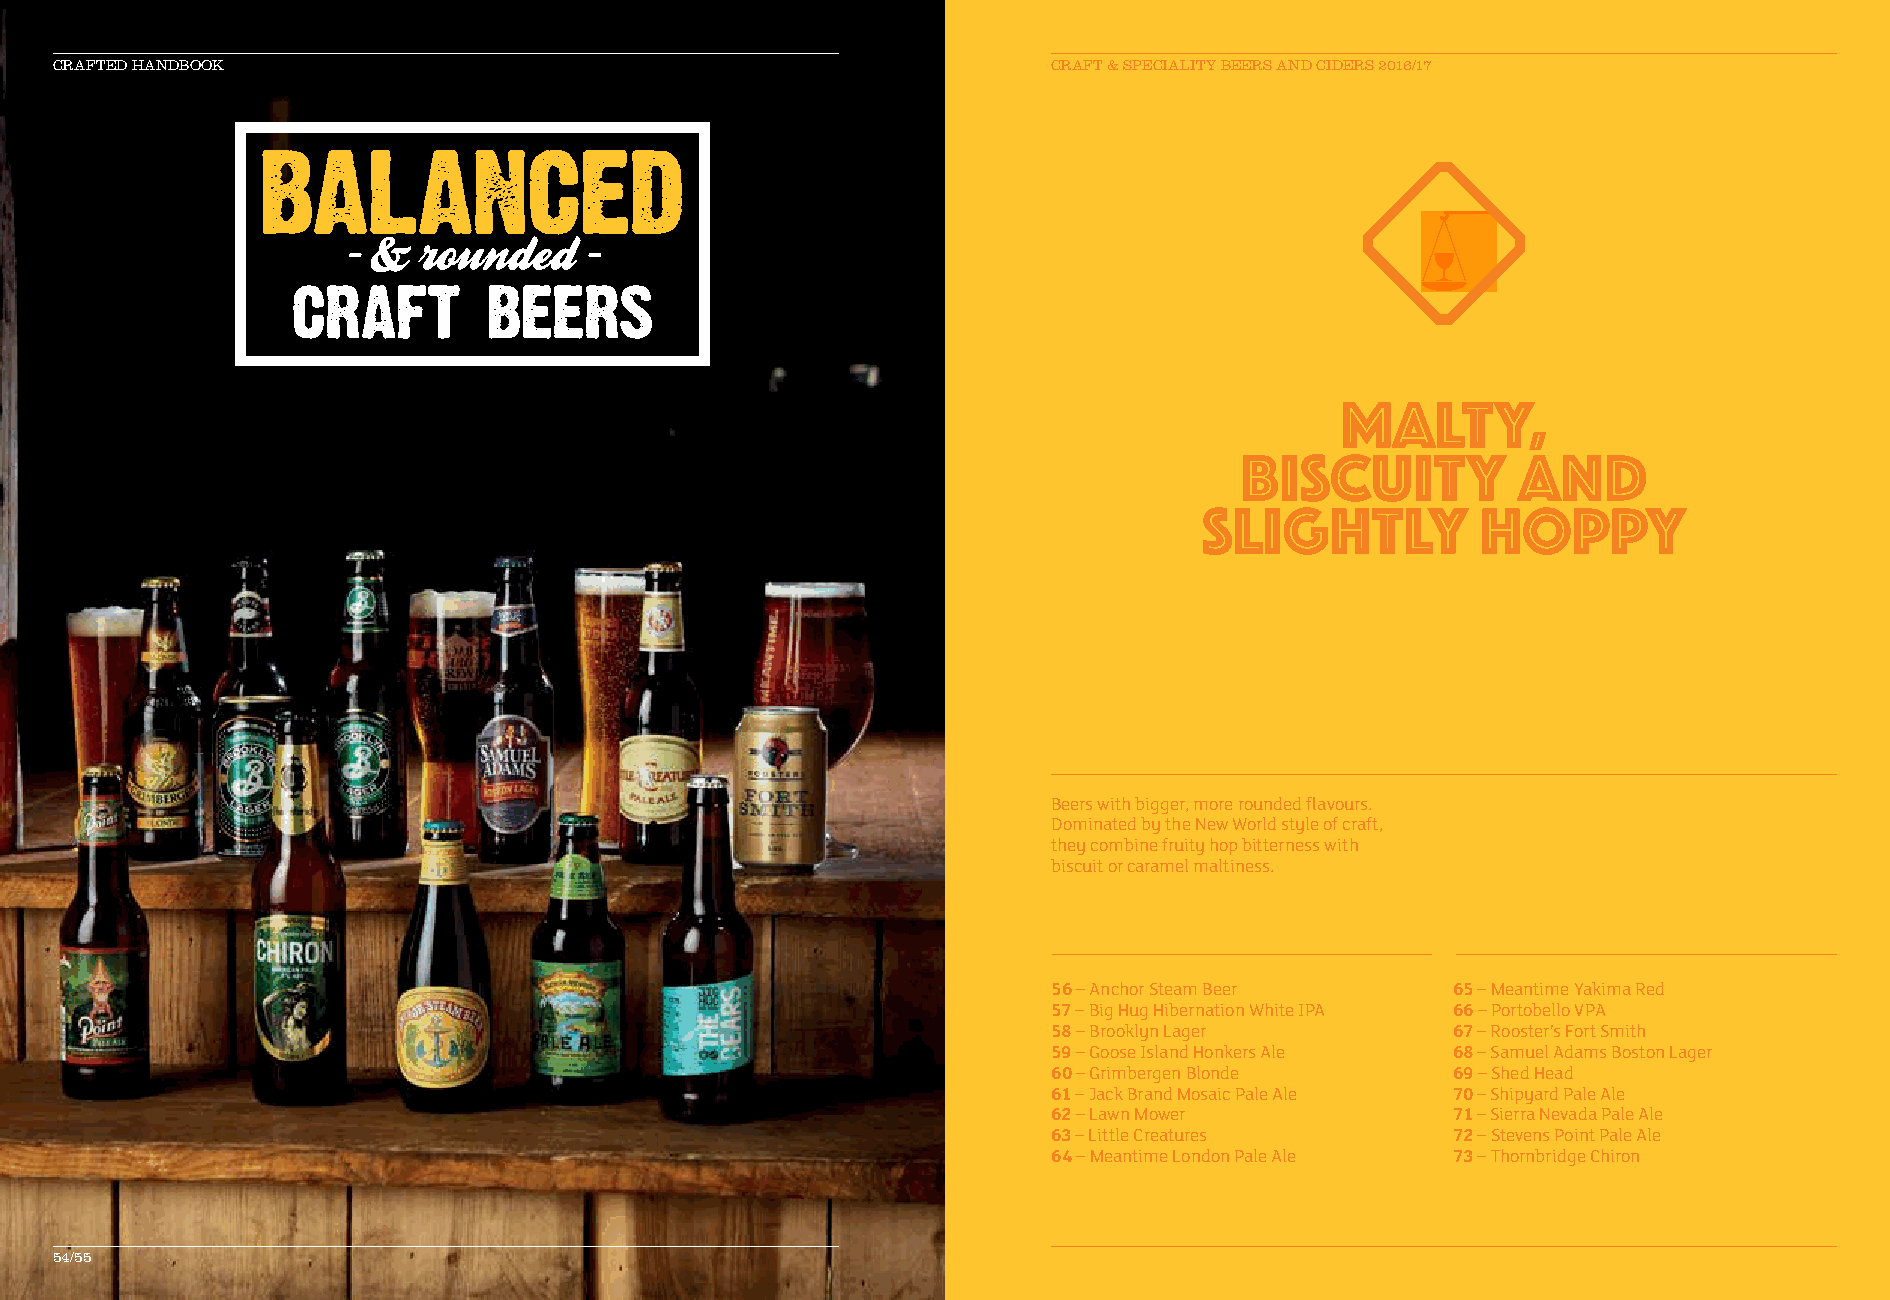
CRAFTED HANDBOOK                                                  CCRRAAFFTT && SSPPEECCIIAALLIITTYY BBEEEERRSS AANNDD CCIIDDEERRSS 22001166//1177
 malty,
 biscuity          and
 slightly          hoppy
 Beers with bigger, more rounded flavours.
 Dominated by the New World style of craft,
 they combine fruity hop bitterness with
 biscuit or caramel maltiness.
 56 – Anchor Steam Beer    65 – Meantime Yakima Red
 57 – Big Hug Hibernation White IPA 66 – Portobello VPA
 58 – Brooklyn Lager       67 – Rooster’s Fort Smith
 59 – Goose Island Honkers Ale 68 – Samuel Adams Boston Lager
 60 – Grimbergen Blonde    69 – Shed Head
 61 – Jack Brand Mosaic Pale Ale 70 – Shipyard Pale Ale
 62 – Lawn Mower           71 – Sierra Nevada Pale Ale
 63 – Little Creatures     72 – Stevens Point Pale Ale
 64 – Meantime London Pale Ale 73 – Thornbridge Chiron
 54/55